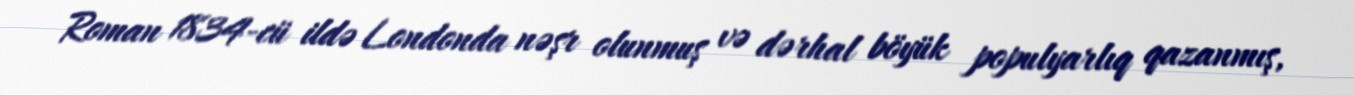
Roman 1834-cü ildə Londonda nəşr olunmuş və dərhal böyük populyarlıq qazanmış,